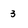
Character: 3